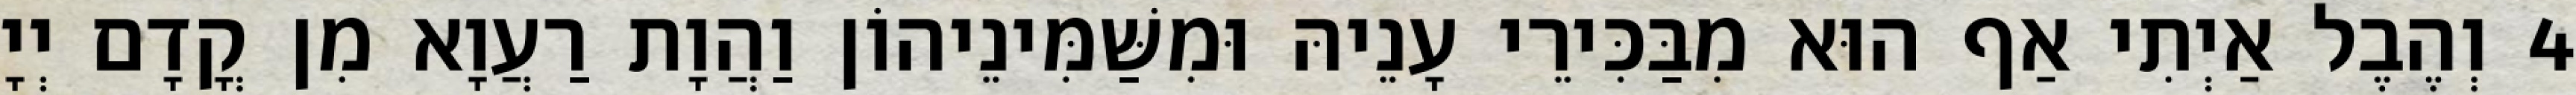
4 וְהֶבֶל אַיְתִי אַף הוּא מִבַּכִּירֵי עָנֵיהּ וּמִשַּׁמִּינֵיהוֹן וַהֲוָת רַעֲוָא מִן קֳדָם יְיָ